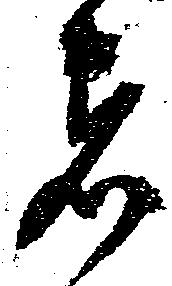
者